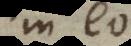
in eo